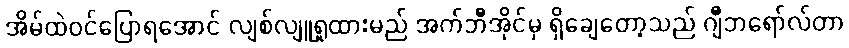
အိမ်ထဲဝင်ပြောရအောင် လျစ်လျူရှုထားမည် အက်ဘီအိုင်မှ ရှိချေတော့သည် ဂျီဘရော်လ်တာ